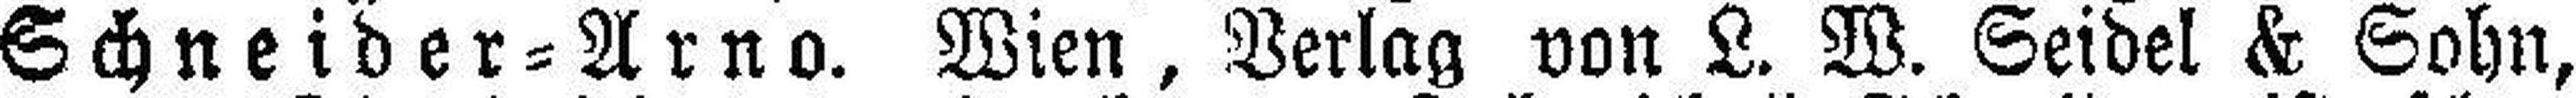
Schneider=Arno. Wien, Verlag von L. W. Seidel & Sohn,